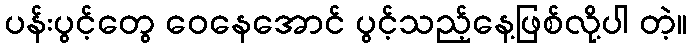
ပန်းပွင့်တွေ ဝေနေအောင် ပွင့်သည့်နေ့ဖြစ်လို့ပါ တဲ့။